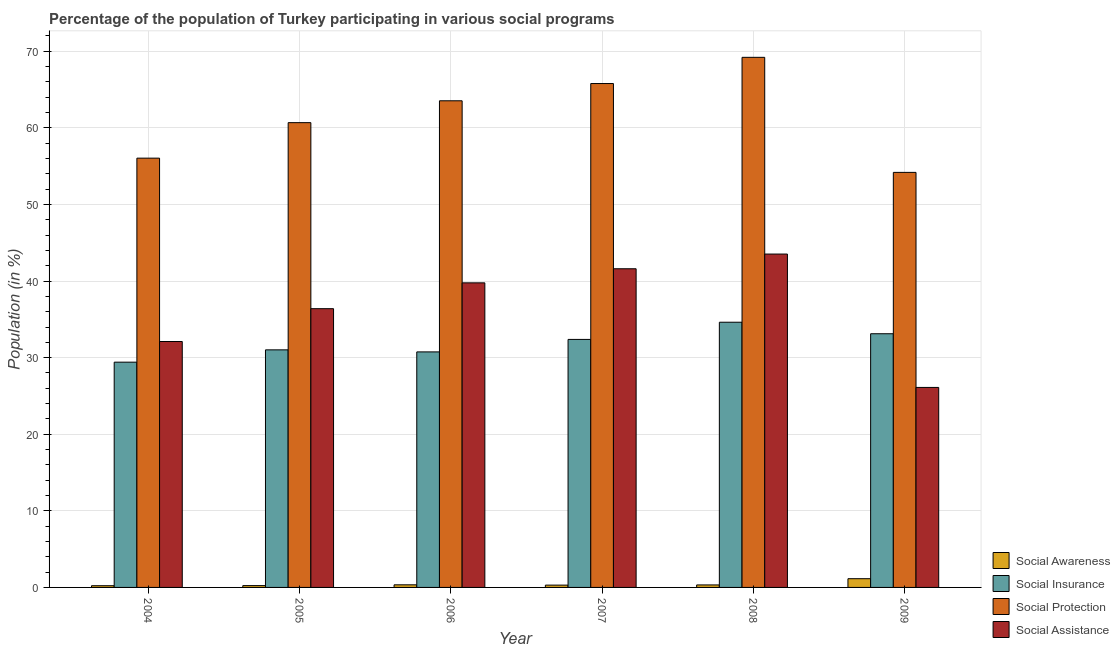
| Year | Social Awareness | Social Insurance | Social Protection | Social Assistance |
 | --- | --- | --- | --- | --- |
 | 2004 | 0.223 | 29.4 | 56 | 32.1 |
 | 2005 | 0.238 | 31 | 60.7 | 36.4 |
 | 2006 | 0.341 | 30.8 | 63.5 | 39.8 |
 | 2007 | 0.301 | 32.4 | 65.8 | 41.6 |
 | 2008 | 0.326 | 34.6 | 69.2 | 43.5 |
 | 2009 | 1.14 | 33.1 | 54.2 | 26.1 |